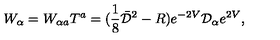
W _ { \alpha } = W _ { \alpha a } T ^ { a } = ( \frac { 1 } { 8 } \bar { { \cal D } } ^ { 2 } - R ) e ^ { - 2 V } { \cal D } _ { \alpha } e ^ { 2 V } ,